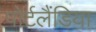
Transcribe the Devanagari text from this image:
पोर्टलैंडिया